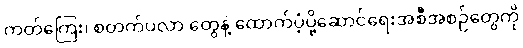
ကတ်ကြေး၊ စတက်ပလာ တွေနဲ့ ထောက်ပံ့ပို့ဆောင်ရေးအစီအစဉ်တွေကို